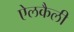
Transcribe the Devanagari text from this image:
ऐलकैली